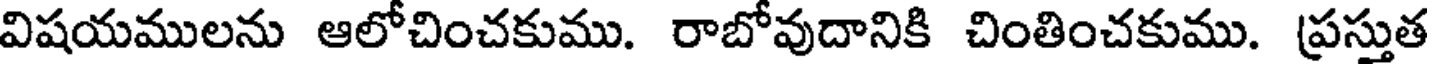
విషయములను ఆలోచించకుము. రాబోవుదానికి చింతించకుము. ప్రస్తుత